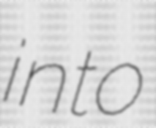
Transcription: into